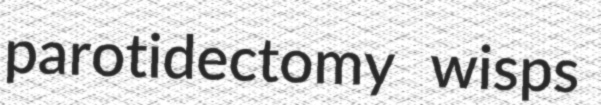
parotidectomy wisps